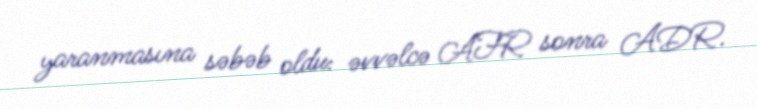
yaranmasına səbəb oldu: əvvəlcə AFR sonra ADR.